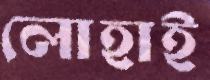
লোহাই